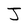
Character: J